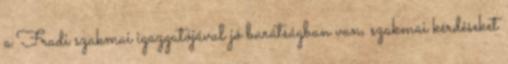
a Fradi szakmai igazgatójával jó barátságban van, szakmai kérdéseket